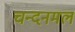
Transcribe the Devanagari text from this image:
चन्दनमल